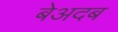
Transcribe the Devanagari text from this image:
बेअदब